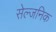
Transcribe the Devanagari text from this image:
सेल्जनिक